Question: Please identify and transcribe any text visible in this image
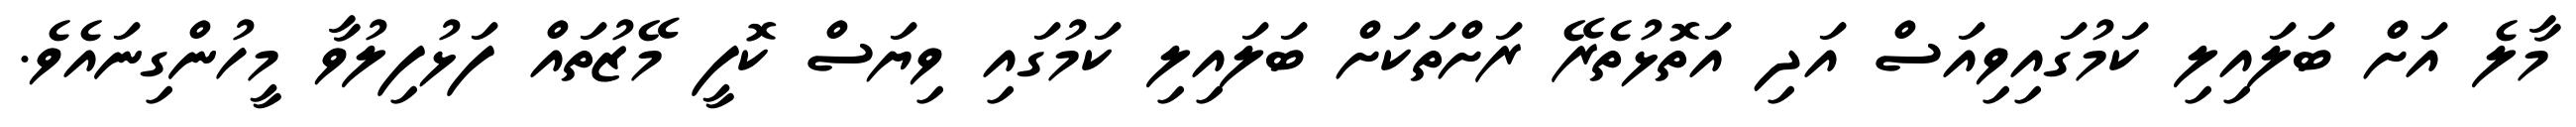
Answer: މާލެ އަށް ބަލައިލި ކަމުގައިވިއަސް އަދި އަތޮޅުތެރޭ ރަށްތަކަށް ބަލައިލި ކަމުގައި ވިޔަސް ކޮފީ މޭޒުތައް ފަޅުފިލުވާ މީހުންގިނައެވެ.